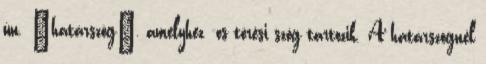
ún. „határszög”, amelyhez -os törési szög tartozik. A határszögnél